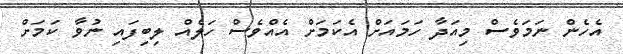
އެހެން ނަމަވެސް މިއަދާ ހަމައަށް އެކަމަށް އެއްވެސް ހަލެއް ލިބިފައި ނުވާ ކަމަށް